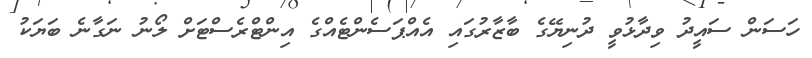
ހަސަން ސައީދު ވިދާޅުވީ ދުނިޔޭގެ ބާޒާރުގައި އެއްޕަސެންޓެއްގެ އިންޓްރެސްޓަށް ލޯނު ނަގާނެ ބަޔަކު